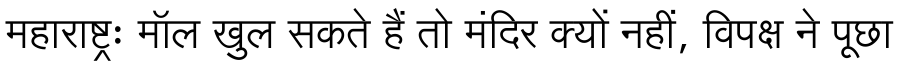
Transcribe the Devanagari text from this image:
महाराष्ट्रः मॉल खुल सकते हैं तो मंदिर क्यों नहीं, विपक्ष ने पूछा